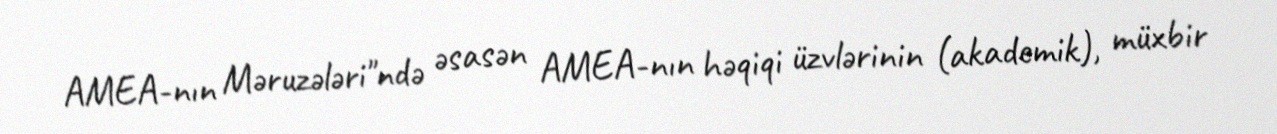
AMEA-nın Məruzələri"ndə əsasən AMEA-nın həqiqi üzvlərinin (akademik), müxbir